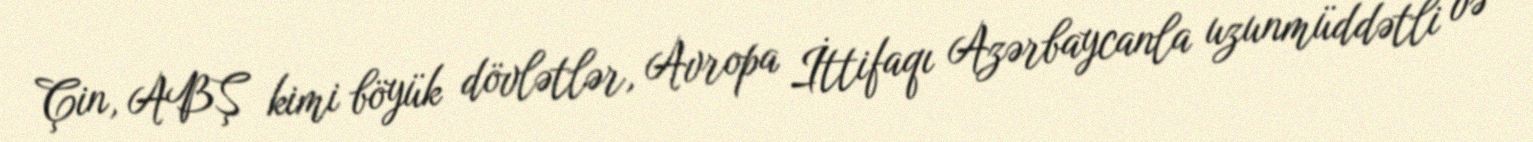
Çin, ABŞ kimi böyük dövlətlər, Avropa İttifaqı Azərbaycanla uzunmüddətli və